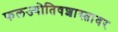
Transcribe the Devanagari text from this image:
फलज्योतिषशास्त्रावर